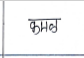
मजकूर: कमळ